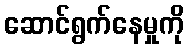
ဆောင်ရွက်နေမှုကို